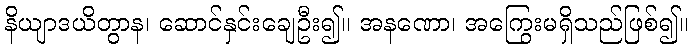
နိယျာဒယိတွာန၊ ဆောင်နှင်းချေဦး၍။ အနဏော၊ အကြွေးမရှိသည်ဖြစ်၍။